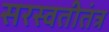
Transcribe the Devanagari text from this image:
सरस्वतीतंत्र